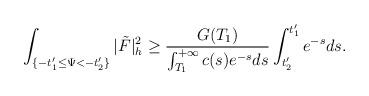
LaTeX: \begin{align*}\int_{\{-t'_1\le\Psi<-t'_2\}}|\tilde{F}|^2_h\ge\frac{G(T_1)}{\int_{T_1}^{+\infty}c(s)e^{-s}ds}\int_{t'_2}^{t'_1}e^{-s}ds.\end{align*}